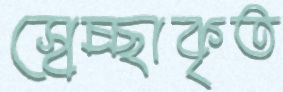
স্বেচ্ছাকৃত